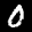
Label: 0